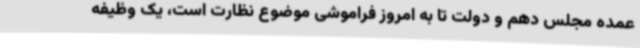
عمده مجلس دهم و دولت تا به امروز فراموشی موضوع نظارت است،‌ یک وظیفه